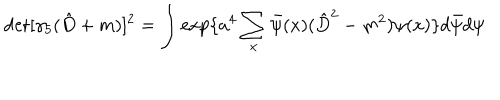
LaTeX: \det [ \gamma _ { 5 } ( \hat { D } + m ) ] ^ { 2 } = \int \exp \{ a ^ { 4 } \sum _ { x } \bar { \psi } ( x ) ( \hat { D } ^ { 2 } - m ^ { 2 } ) \psi ( x ) \} d \bar { \psi } d \psi